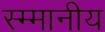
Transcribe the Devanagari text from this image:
स्म्मानीय